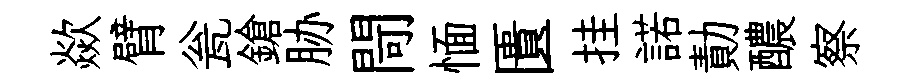
歘臂瓮鎗胁閜愐匱挂諾勣醲察